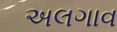
અલગાવ